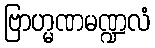
ဗြာဟ္မဏမဏ္ဍလံ